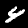
Label: 4